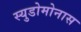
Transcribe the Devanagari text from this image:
स्युडोमोनास